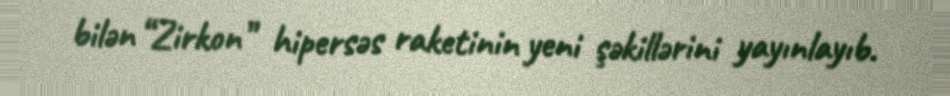
bilən “Zirkon” hipersəs raketinin yeni şəkillərini yayınlayıb.